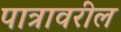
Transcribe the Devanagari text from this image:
पात्रावरील